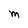
Character: M